画像に写った文字を読んでください
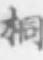
「桐」と書いてあります